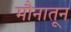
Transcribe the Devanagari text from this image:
मौनातून